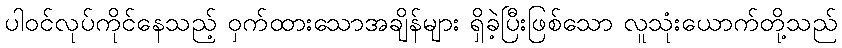
ပါဝင်လုပ်ကိုင်နေသည့် ဝှက်ထားသောအချိန်များ ရှိခဲ့ပြီးဖြစ်သော လူသုံးယောက်တို့သည်